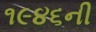
૧૯૪૬ની